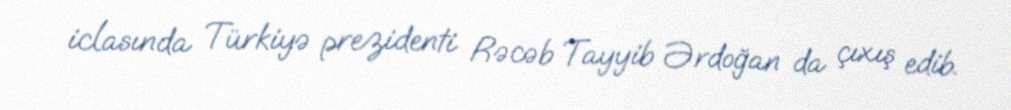
iclasında Türkiyə prezidenti Rəcəb Tayyib Ərdoğan da çıxış edib.